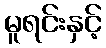
မူရင်းနှင့်